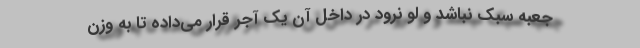
جعبه سبک نباشد و لو نرود در داخل آن یک آجر قرار می‌داده تا به وزن